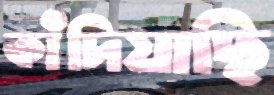
কাঁদিয়াছি